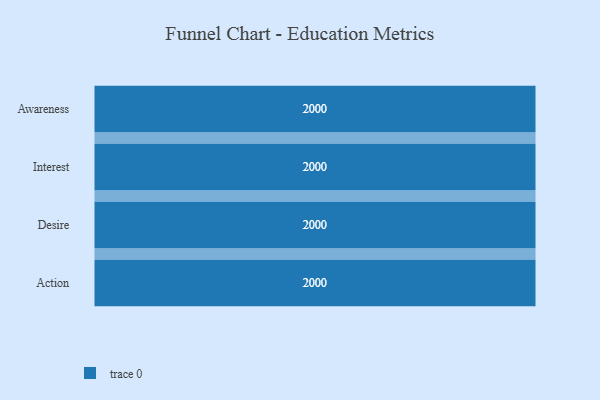
{"axis": {"x": "Stage", "y": "Value"}, "legend": [""], "data": [{"x": "Awareness", "y": 2000, "type": ""}, {"x": "Interest", "y": 2000, "type": ""}, {"x": "Desire", "y": 2000, "type": ""}, {"x": "Action", "y": 2000, "type": ""}]}